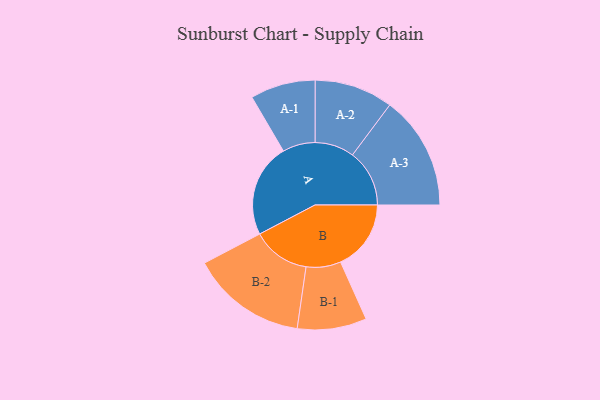
{"axis": {"x": "Segment", "y": "Value"}, "legend": ["", "A", "B"], "data": [{"x": "A", "y": 402, "type": ""}, {"x": "B", "y": 303, "type": ""}, {"x": "A-1", "y": 140, "type": "A"}, {"x": "A-2", "y": 169, "type": "A"}, {"x": "A-3", "y": 245, "type": "A"}, {"x": "B-1", "y": 149, "type": "B"}, {"x": "B-2", "y": 249, "type": "B"}]}